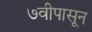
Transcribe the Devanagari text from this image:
७वीपासून